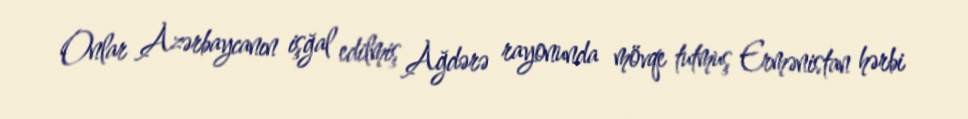
Onlar Azərbaycanın işğal edilmiş Ağdərə rayonunda mövqe tutmuş Ermənistan hərbi